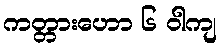
ကတ္တားဟော ၆ ဝါကျ